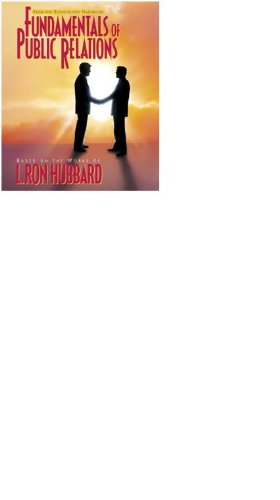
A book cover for Fundamentals of Public Relations; L. Ron Hubbard; Religion & Spirituality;